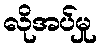
လိုအပ်မှု